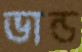
ভান্ড